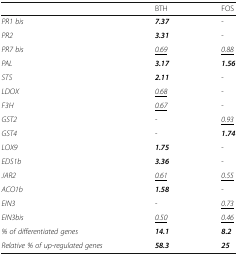
|  | BTH | FOS |
 | --- | --- | --- |
 | PR1 bis | 7.37 | - |
 | PR2 | 3.31 | - |
 | PR7 bis | <underline>0.69</underline> | <underline>0.88</underline> |
 | PAL | 3.17 | 1.56 |
 | STS | 2.11 | - |
 | LDOX | <underline>0.68</underline> | - |
 | F3H | <underline>0.67</underline> | - |
 | GST2 | - | <underline>0.93</underline> |
 | GST4 | - | 1.74 |
 | LOX9 | 1.75 | - |
 | EDS1b | 3.36 | - |
 | JAR2 | <underline>0.61</underline> | <underline>0.55</underline> |
 | ACO1b | 1.58 | - |
 | EIN3 | - | <underline>0.73</underline> |
 | EIN3bis | <underline>0.50</underline> | <underline>0.46</underline> |
 | % of differentiated genes | 14.1 | 8.2 |
 | Relative % of up-regulated genes | 58.3 | 25 |